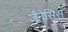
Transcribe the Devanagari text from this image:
जैनेसिस